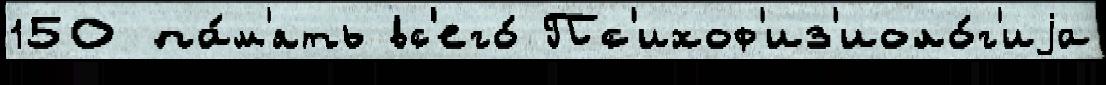
150 па́м'ять вс'его́ Пс'ихоф'из'иоло́г'иjа